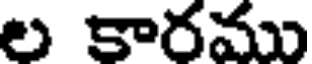
ల కారము